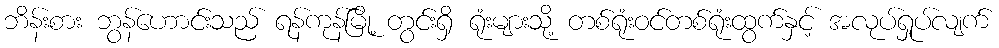
ဘိန်းစား ဘွန်ဟောင်းသည် ရန်ကုန်မြို့ တွင်းရှိ ရုံးများသို့ တစ်ရုံးဝင်တစ်ရုံးထွက်နှင့် အလုပ်ရှုပ်လျက်